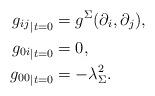
LaTeX: \begin{align*}{g_{ij}}_{|t=0} &= g^{\Sigma}(\partial_{i},\partial_{j}), \\{g_{0 i}}_{|t=0} &= 0, \\{g_{0 0}}_{|t=0} &= -\lambda_{\Sigma}^2.\end{align*}